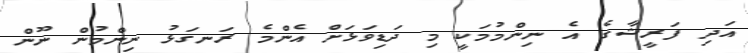
އަދި ފަރީޝާގެ އެ ނިންމުމަކީ މި ދަޑިވަޅަށް އެންމެ ރަނގަޅު ނިންމުން ނޫން